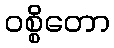
ဝစ္စိတော